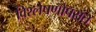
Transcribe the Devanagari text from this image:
विश्लेषणोपरांत